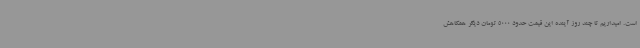
است. امیداریم تا چند روز آینده این قیمت حدود 5000 تومان دیگر همکاهش